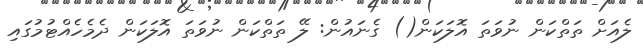
ލެއަށް ތަތްކަން ނުވަތަ އޮލަކަން() ގެނައުން: ލޭ ތަތްކަން ނުވަތަ އޮލަކަން ދެމެހެއްޓުމުގައި